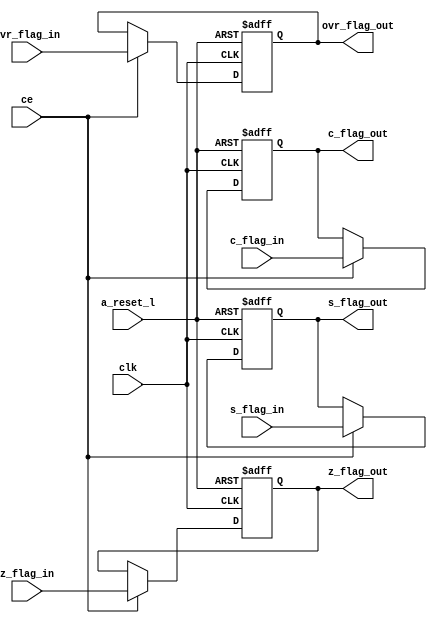
module flag_reg (
	clk,
	a_reset_l,
	ce,
	z_flag_in,
	s_flag_in,
	c_flag_in,
	ovr_flag_in,
	z_flag_out,
	s_flag_out,
	c_flag_out,
	ovr_flag_out
);
	input 	clk;
	input 	a_reset_l;
	input 	ce;
	input 	z_flag_in;
	input 	s_flag_in;
	input 	c_flag_in;
	input 	ovr_flag_in;
	
	output 	z_flag_out;
	output 	s_flag_out;
	output 	c_flag_out;
	output 	ovr_flag_out;
	
	reg 	z_flag_out;
	reg 	s_flag_out;
	reg 	c_flag_out;
	reg 	ovr_flag_out;	
	
always @(posedge clk or negedge a_reset_l)
	begin
		if (a_reset_l == 1'b0)
		    begin
				z_flag_out		= 1'b0;
				s_flag_out		= 1'b0;	
				c_flag_out		= 1'b0;
				ovr_flag_out	= 1'b0;	
			end	
		else if (ce == 1'b1)
			begin
				z_flag_out		= z_flag_in;
				s_flag_out		= s_flag_in;	
				c_flag_out		= c_flag_in;
				ovr_flag_out	= ovr_flag_in;	
			end
	end // always @ (posedge clk or negedge a_reset_l)
endmodule